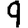
Digit: 9